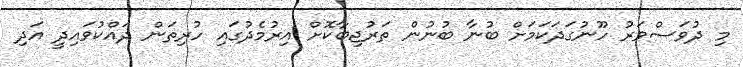
މި ދުވަސްވަރު ހޫނުގަދަކަމަށް ބުނާ ބުނުން ތަރުޖިބާކޮށް އިރުމެދުގައި ހުރިތަން ދައްކުވައިދީ އަދި